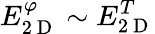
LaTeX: E_{2\mathrm{~D~}}^{\varphi}\sim E_{2\mathrm{~D~}}^{T}